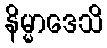
နိမ္မာဒေသိ